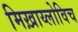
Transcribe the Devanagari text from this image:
मिख़ाय्लोविच